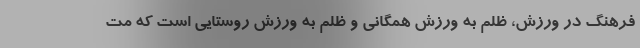
فرهنگ در ورزش، ظلم به ورزش همگانی و ظلم به ورزش روستایی است که مت